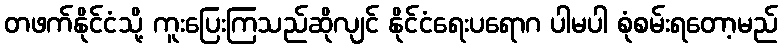
တဖက်နိုင်ငံသို့ ကူးပြေးကြသည်ဆိုလျင် နိုင်ငံရေးပရောဂ ပါမပါ စုံစမ်းရတော့မည်